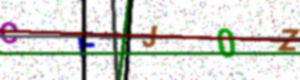
Text: CFJ0Z